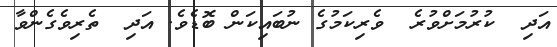
އަދި  ކުރުމަށްވުރެ  ވެރިކަމުގެ ނުބައިކަން ބޮޑެވެ. އަދި  ތެރިވެގެންވާ